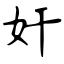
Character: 奸